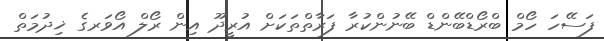
ފަސޭހަ ހޯމް ބްރޯޑްބޭންޑް ބޭނުންކުރާ ފަރާތްތަކަށް އުރީދޫ އިން ރޯލް އޯވަރގެ ޚިދުމަތް